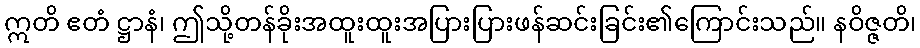
ဣတိ ဧတံ ဋ္ဌာနံ၊ ဤသို့တန်ခိုးအထူးထူးအပြားပြားဖန်ဆင်းခြင်း၏ကြောင်းသည်။ နဝိဇ္ဇတိ၊